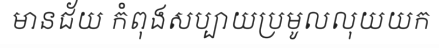
មានជ័យ កំពុងសប្បាយប្រមូលលុយយក